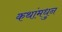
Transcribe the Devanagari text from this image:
कथांमधुन